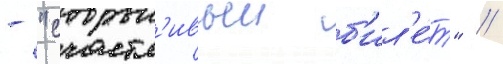
- "счастл'ивыи б'ил'е́т" //